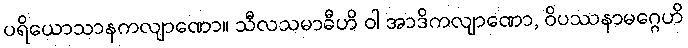
ပရိယောသာနကလျာဏော။ သီလသမာဓီဟိ ဝါ အာဒိကလျာဏော, ဝိပဿနာမဂ္ဂေဟိ